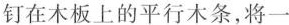
钉在木板上的平行木条，将一